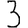
Digit: 3